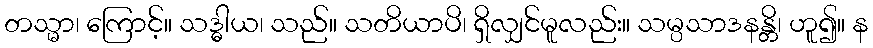
တသ္မာ၊ ကြောင့်။ သဒ္ဓါယ၊ သည်။ သတိယာပိ၊ ရှိလျှင်မူလည်း။ သမ္ပသာဒနန္တိ၊ ဟူ၍။ န